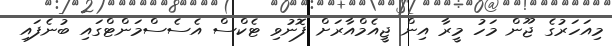
މިއަހަރުގެ ޖޫން މަހު މީރާ އިން ޖީއެމްއާރަށް ފޮނުވި ޓެކްސް އެސެސްމަންޓްގައި ބުނެފައި